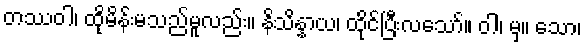
တဿဝါ၊ ထိုမိန်းမသည်မူလည်း။ နိသိန္နာယ၊ ထိုင်ပြီးလသော်။ ဝါ၊ မှ။ သော၊